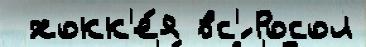
 хокк'е́я вс'́ Росол